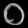
Digit: ၀